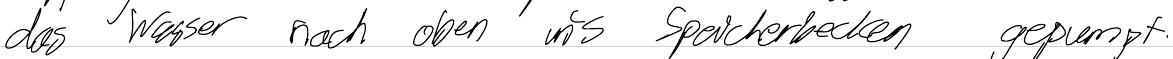
das Wasser nach oben ins Speicherbecken gepumpt.